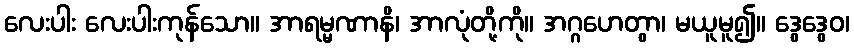
လေးပါး လေးပါးကုန်သော။ အာရမ္မဏာနိ၊ အာလုံတို့ကို။ အဂ္ဂဟေတွာ၊ မယူမူ၍။ ဒွေဒွေဝ၊